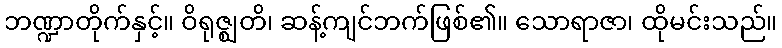
ဘဏ္ဍာတိုက်နှင့်။ ဝိရုဇ္ဈတိ၊ ဆန့်ကျင်ဘက်ဖြစ်၏။ သောရာဇာ၊ ထိုမင်းသည်။